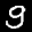
Label: 9